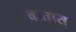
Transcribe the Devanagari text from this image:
वातास